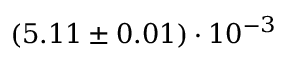
( 5 . 1 1 \pm 0 . 0 1 ) \cdot 1 0 ^ { - 3 }